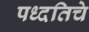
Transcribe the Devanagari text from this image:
पध्दतिचे